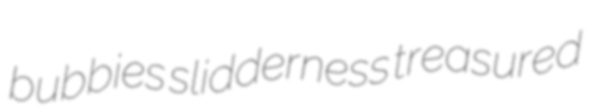
bubbies slidderness treasured